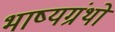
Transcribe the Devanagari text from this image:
भाष्यग्रंथों